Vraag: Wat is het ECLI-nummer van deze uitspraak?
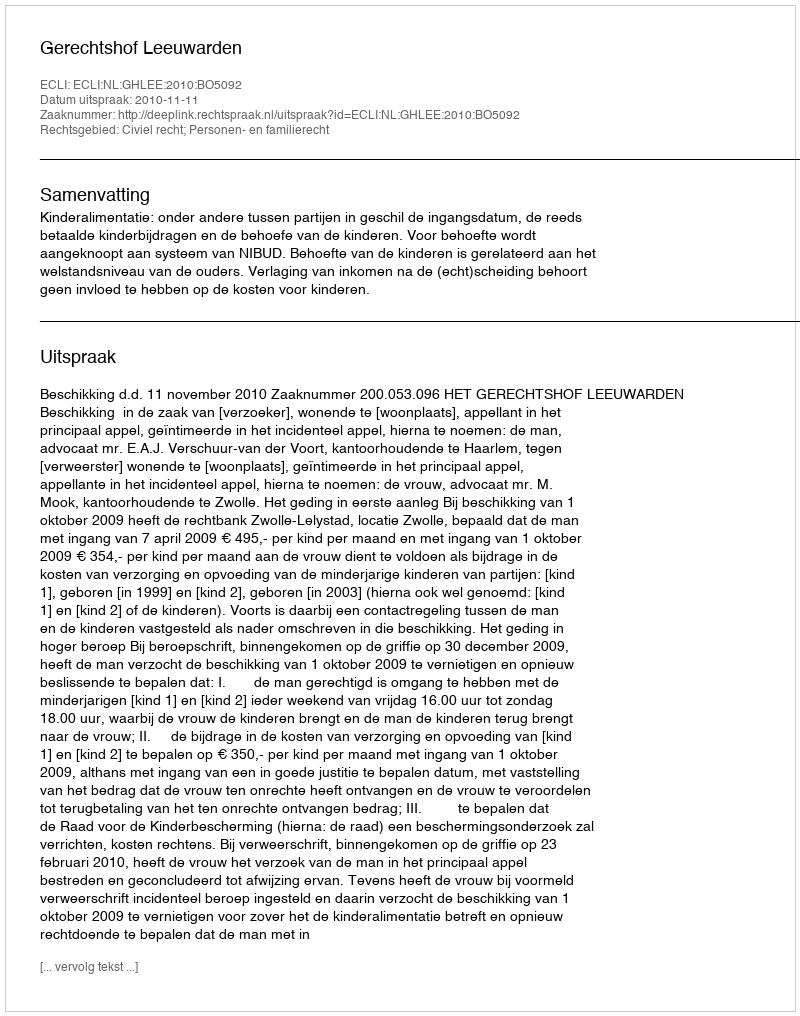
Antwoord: ECLI:NL:GHLEE:2010:BO5092